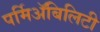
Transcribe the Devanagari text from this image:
पर्मिअॅबिलिटी